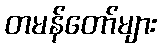
တမန်တော်များ